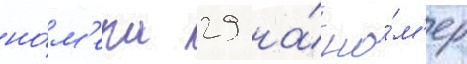
но́м'ера 29 на́ но́м'ер